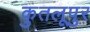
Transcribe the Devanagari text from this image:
कुतलूपुर